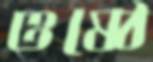
ওষ্ঠে